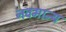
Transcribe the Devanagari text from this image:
नवमान्य